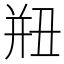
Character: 𢆗